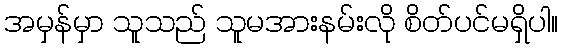
အမှန်မှာ သူသည် သူမအားနမ်းလို စိတ်ပင်မရှိပါ။